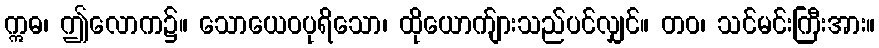
ဣဓ၊ ဤလောက၌။ သောယေဝပုရိသော၊ ထိုယောက်ျားသည်ပင်လျှင်။ တဝ၊ သင်မင်းကြီးအား။